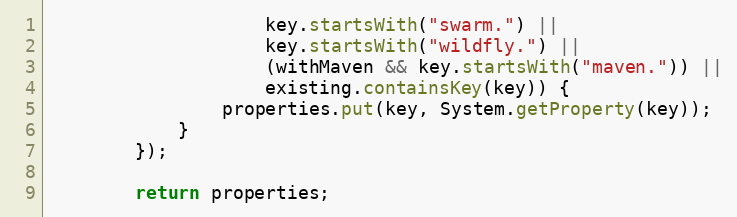
Language: Java
                    key.startsWith("swarm.") ||
                    key.startsWith("wildfly.") ||
                    (withMaven && key.startsWith("maven.")) ||
                    existing.containsKey(key)) {
                properties.put(key, System.getProperty(key));
            }
        });

        return properties;